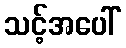
သင့်အပေါ်